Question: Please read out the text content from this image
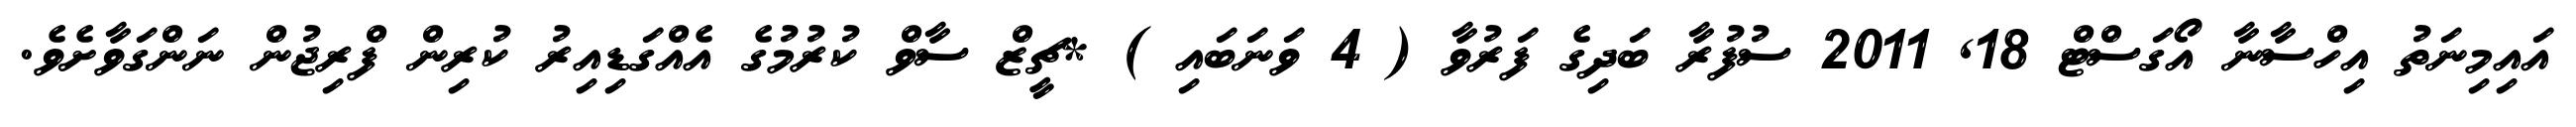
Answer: އައިމިނަތު އިހްސާނާ އޯގަސްޓް 18, 2011 ސުފުރާ ބަދިގެ ފަރުވާ ( 4 ވަނަބައި ) *ޗީޒް ސާވް ކުރުމުގެ އެއްގަޑިއިރު ކުރިން ފްރިޖުން ނަންގަވާށެވެ.